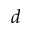
d